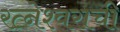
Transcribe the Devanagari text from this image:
रत्नेश्वराची